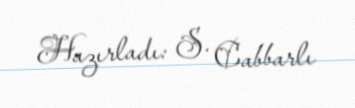
Hazırladı: S. Cabbarlı